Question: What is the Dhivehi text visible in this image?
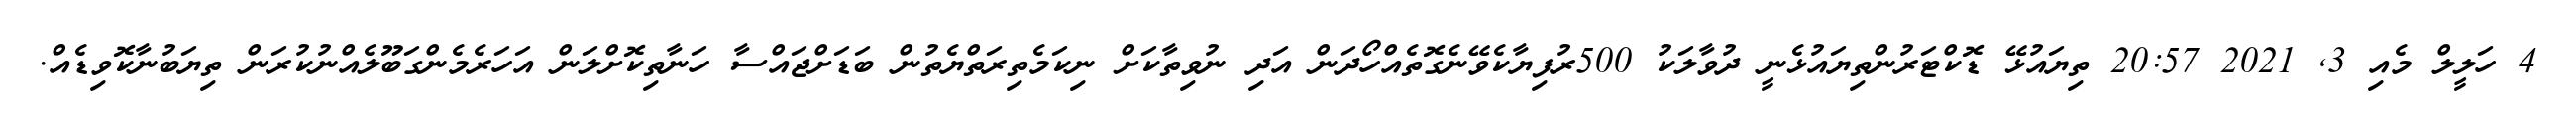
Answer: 4 ހަލީލް މެއި 3, 2021 20:57 ތިޔައުޅޭ ޑޮކްޓަރުންތިޔައުޅެނީ ދުވާލަކު 500ރުފިޔާކެވޭނެގޮތެއްހޯދަން އަދި ނުވިތާކަށް ނިކަމެތިރަތްޔެތުން ބަޑަށްޖައްސާ ހަނާތިކޮށްލަން އަހަރެމެންގަބޫލެއްނުކުރަން ތިޔަބުނާކޮވިޑެއް.